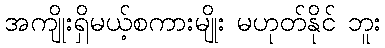
အကျိုးရှိမယ့်စကားမျိုး မဟုတ်နိုင် ဘူး